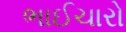
ભાઈચારો